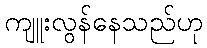
ကျူးလွန်နေသည်ဟု